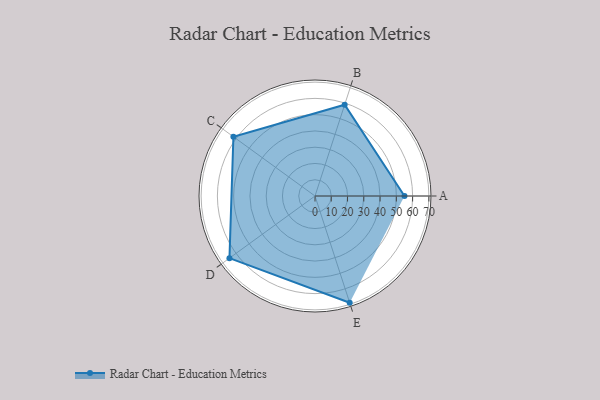
{"axis": {"x": "Skill", "y": "Score"}, "legend": ["Profile"], "data": [{"x": "A", "y": 55.0, "type": "Profile"}, {"x": "B", "y": 59.0, "type": "Profile"}, {"x": "C", "y": 62.0, "type": "Profile"}, {"x": "D", "y": 65.0, "type": "Profile"}, {"x": "E", "y": 69.0, "type": "Profile"}]}